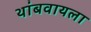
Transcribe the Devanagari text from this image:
थांबवायला